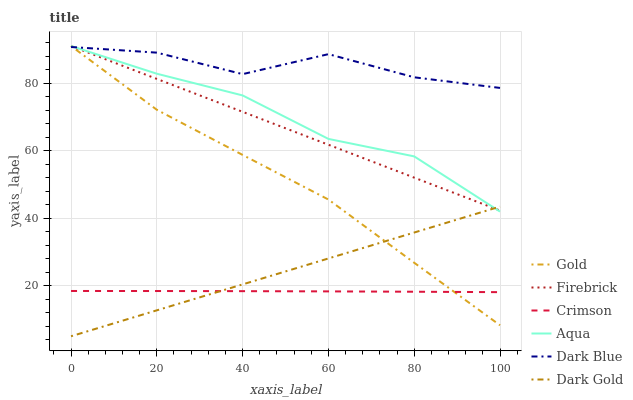
| xaxis_label | Gold | Firebrick | Crimson | Aqua | Dark Blue | Dark Gold |
 | --- | --- | --- | --- | --- | --- | --- |
 | 0 | 91 | 91 | 18.4 | 91 | 90.7 | 5 |
 | 20 | 72.1 | 81.2 | 18.4 | 82.8 | 89 | 12.7 |
 | 40 | 58.7 | 71.5 | 18.4 | 76.4 | 82.7 | 20.4 |
 | 60 | 45.5 | 61.7 | 18.3 | 63.5 | 88.6 | 28.1 |
 | 80 | 26.8 | 52 | 18.2 | 58.3 | 81.7 | 35.7 |
 | 100 | 8.25 | 42.2 | 18.1 | 41.9 | 78.6 | 43.4 |